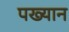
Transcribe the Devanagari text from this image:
पख्यान